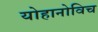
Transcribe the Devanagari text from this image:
योहानोविच